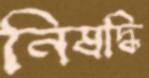
নিষদ্ধি